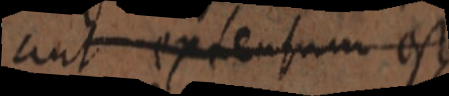
aut extensum est